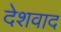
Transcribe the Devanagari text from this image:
देशवाद